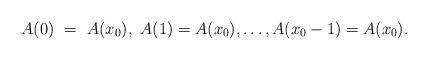
LaTeX: \begin{align*}A(0) \ = \ A(x_0), \ A(1) = A(x_0), \ldots, A(x_0 - 1) = A(x_0).\end{align*}